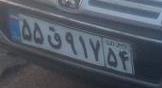
۵۵ق۹۱۷۵۴